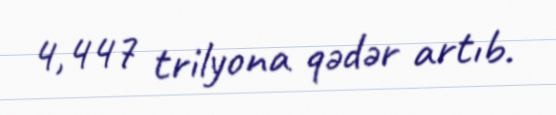
4,447 trilyona qədər artıb.